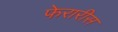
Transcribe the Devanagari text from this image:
फेरारीस